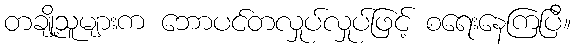
တချို့သူများက ဘောပင်တလှုပ်လှုပ်ဖြင့် စရေးနေကြပြီ။